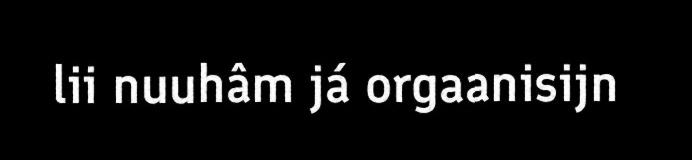
lii nuuhâm já orgaanisijn